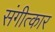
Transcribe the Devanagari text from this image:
संगीत्कार